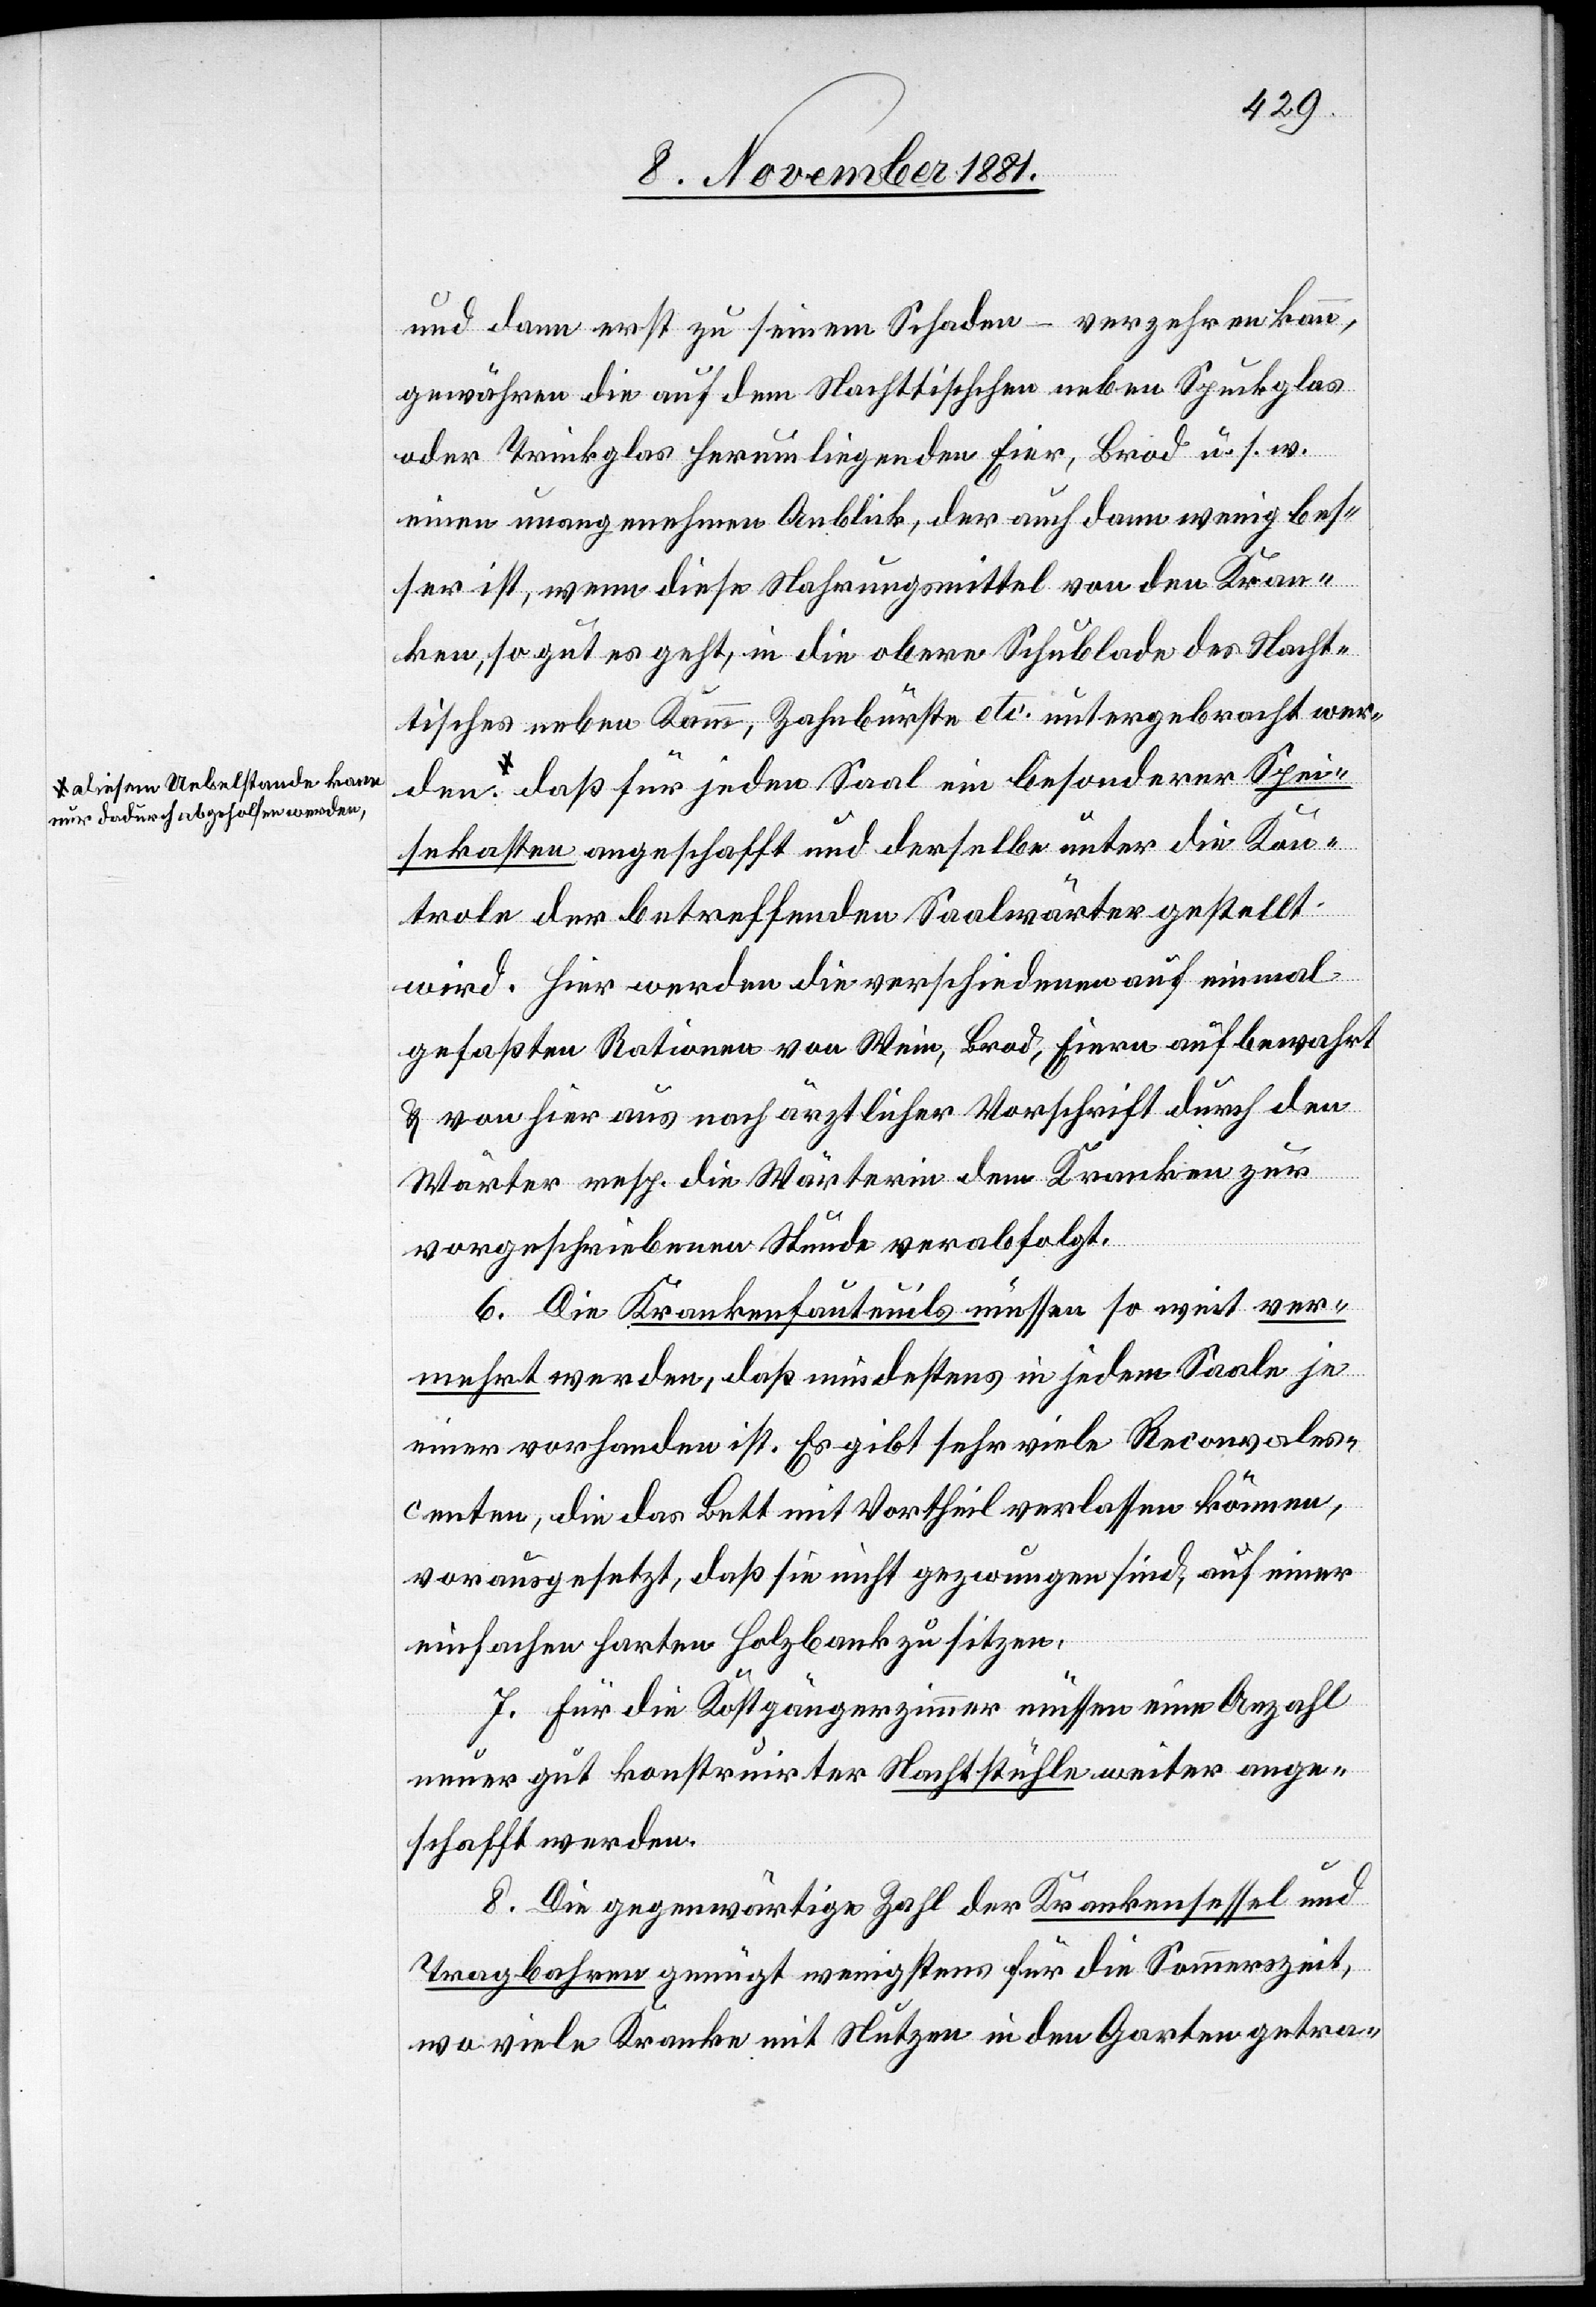
a-diesem Uebelstande kann
nur dadurch abgeholfen werde¬

und dann erst zu seinem Schaden – verzehren kann,
gewähren die auf dem Nachttischchen neben Spuckglas
oder Trinkglas herum liegenden Eier, Brod u. s. w.
einen unangenehmen Anblick, der auch dann wenig bes¬
ser ist, wenn diese Nahrungsmittel von den Kran¬
ken, so gut es geht, in die obere Schublade des Nacht¬
tisches neben Kamm, Zahnbürste etc. untergebracht wer¬
n,-a daß für jeden Saal ein besonderer Spei¬
sekasten angeschafft und derselbe unter die Kon¬
trole der betreffenden Saalwärter gestellt
wird. Hier werden die verschiedenen auf einmal
gefaßten Rationen von Wein, Brod, Eiern aufbewahrt
& von hier aus nach ärztlicher Vorschrift durch den
Wärter resp. die Wärterin dem Kranken zur
vorgeschriebenen Stunde verabfolgt.
6. Die Krankenfauteuils müssen so weit ver¬
mehrt werden, daß mindestens in jedem Saale je
einer vorhanden ist. Es gibt sehr viele Reconvales¬
centen, die das Bett mit Vortheil verlassen können,
vorausgesetzt, daß sie nicht gezwungen sind, auf einer
einfachen harten Holzbank zu sitzen.
7. Für die Kostgängerzimmer müssen eine Anzahl
n,
neuer gut konstruirter Nachtstühle weiter ange¬
schafft werden.
8. Die gegenwärtige Zahl der Krankensessel und
Tragbahren genügt wenigstens für die Sommerzeit,
wo viele Kranke mit Nutzen in den Garten getra-